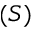
( S )